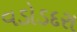
વડોડદરા